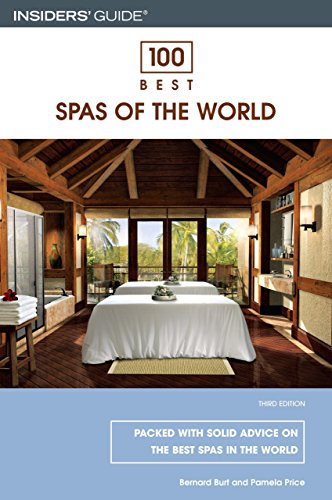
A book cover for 100 Best Spas of the World, 3rd (100 Best Series); Bernard Burt; Travel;